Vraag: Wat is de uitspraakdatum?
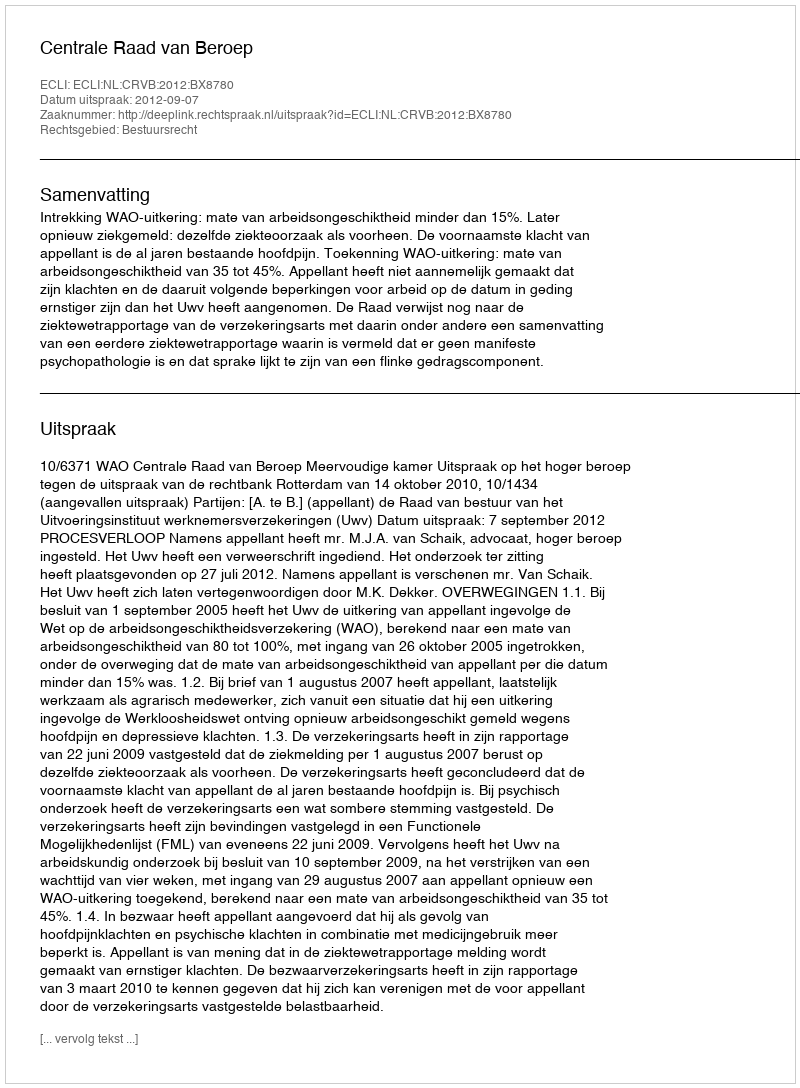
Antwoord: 2012-09-07